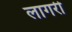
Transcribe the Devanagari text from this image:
लागरी